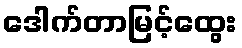
ဒေါက်တာမြင့်ထွေး